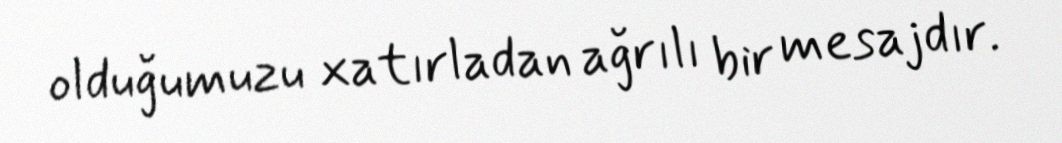
olduğumuzu xatırladan ağrılı bir mesajdır.